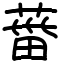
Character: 葘